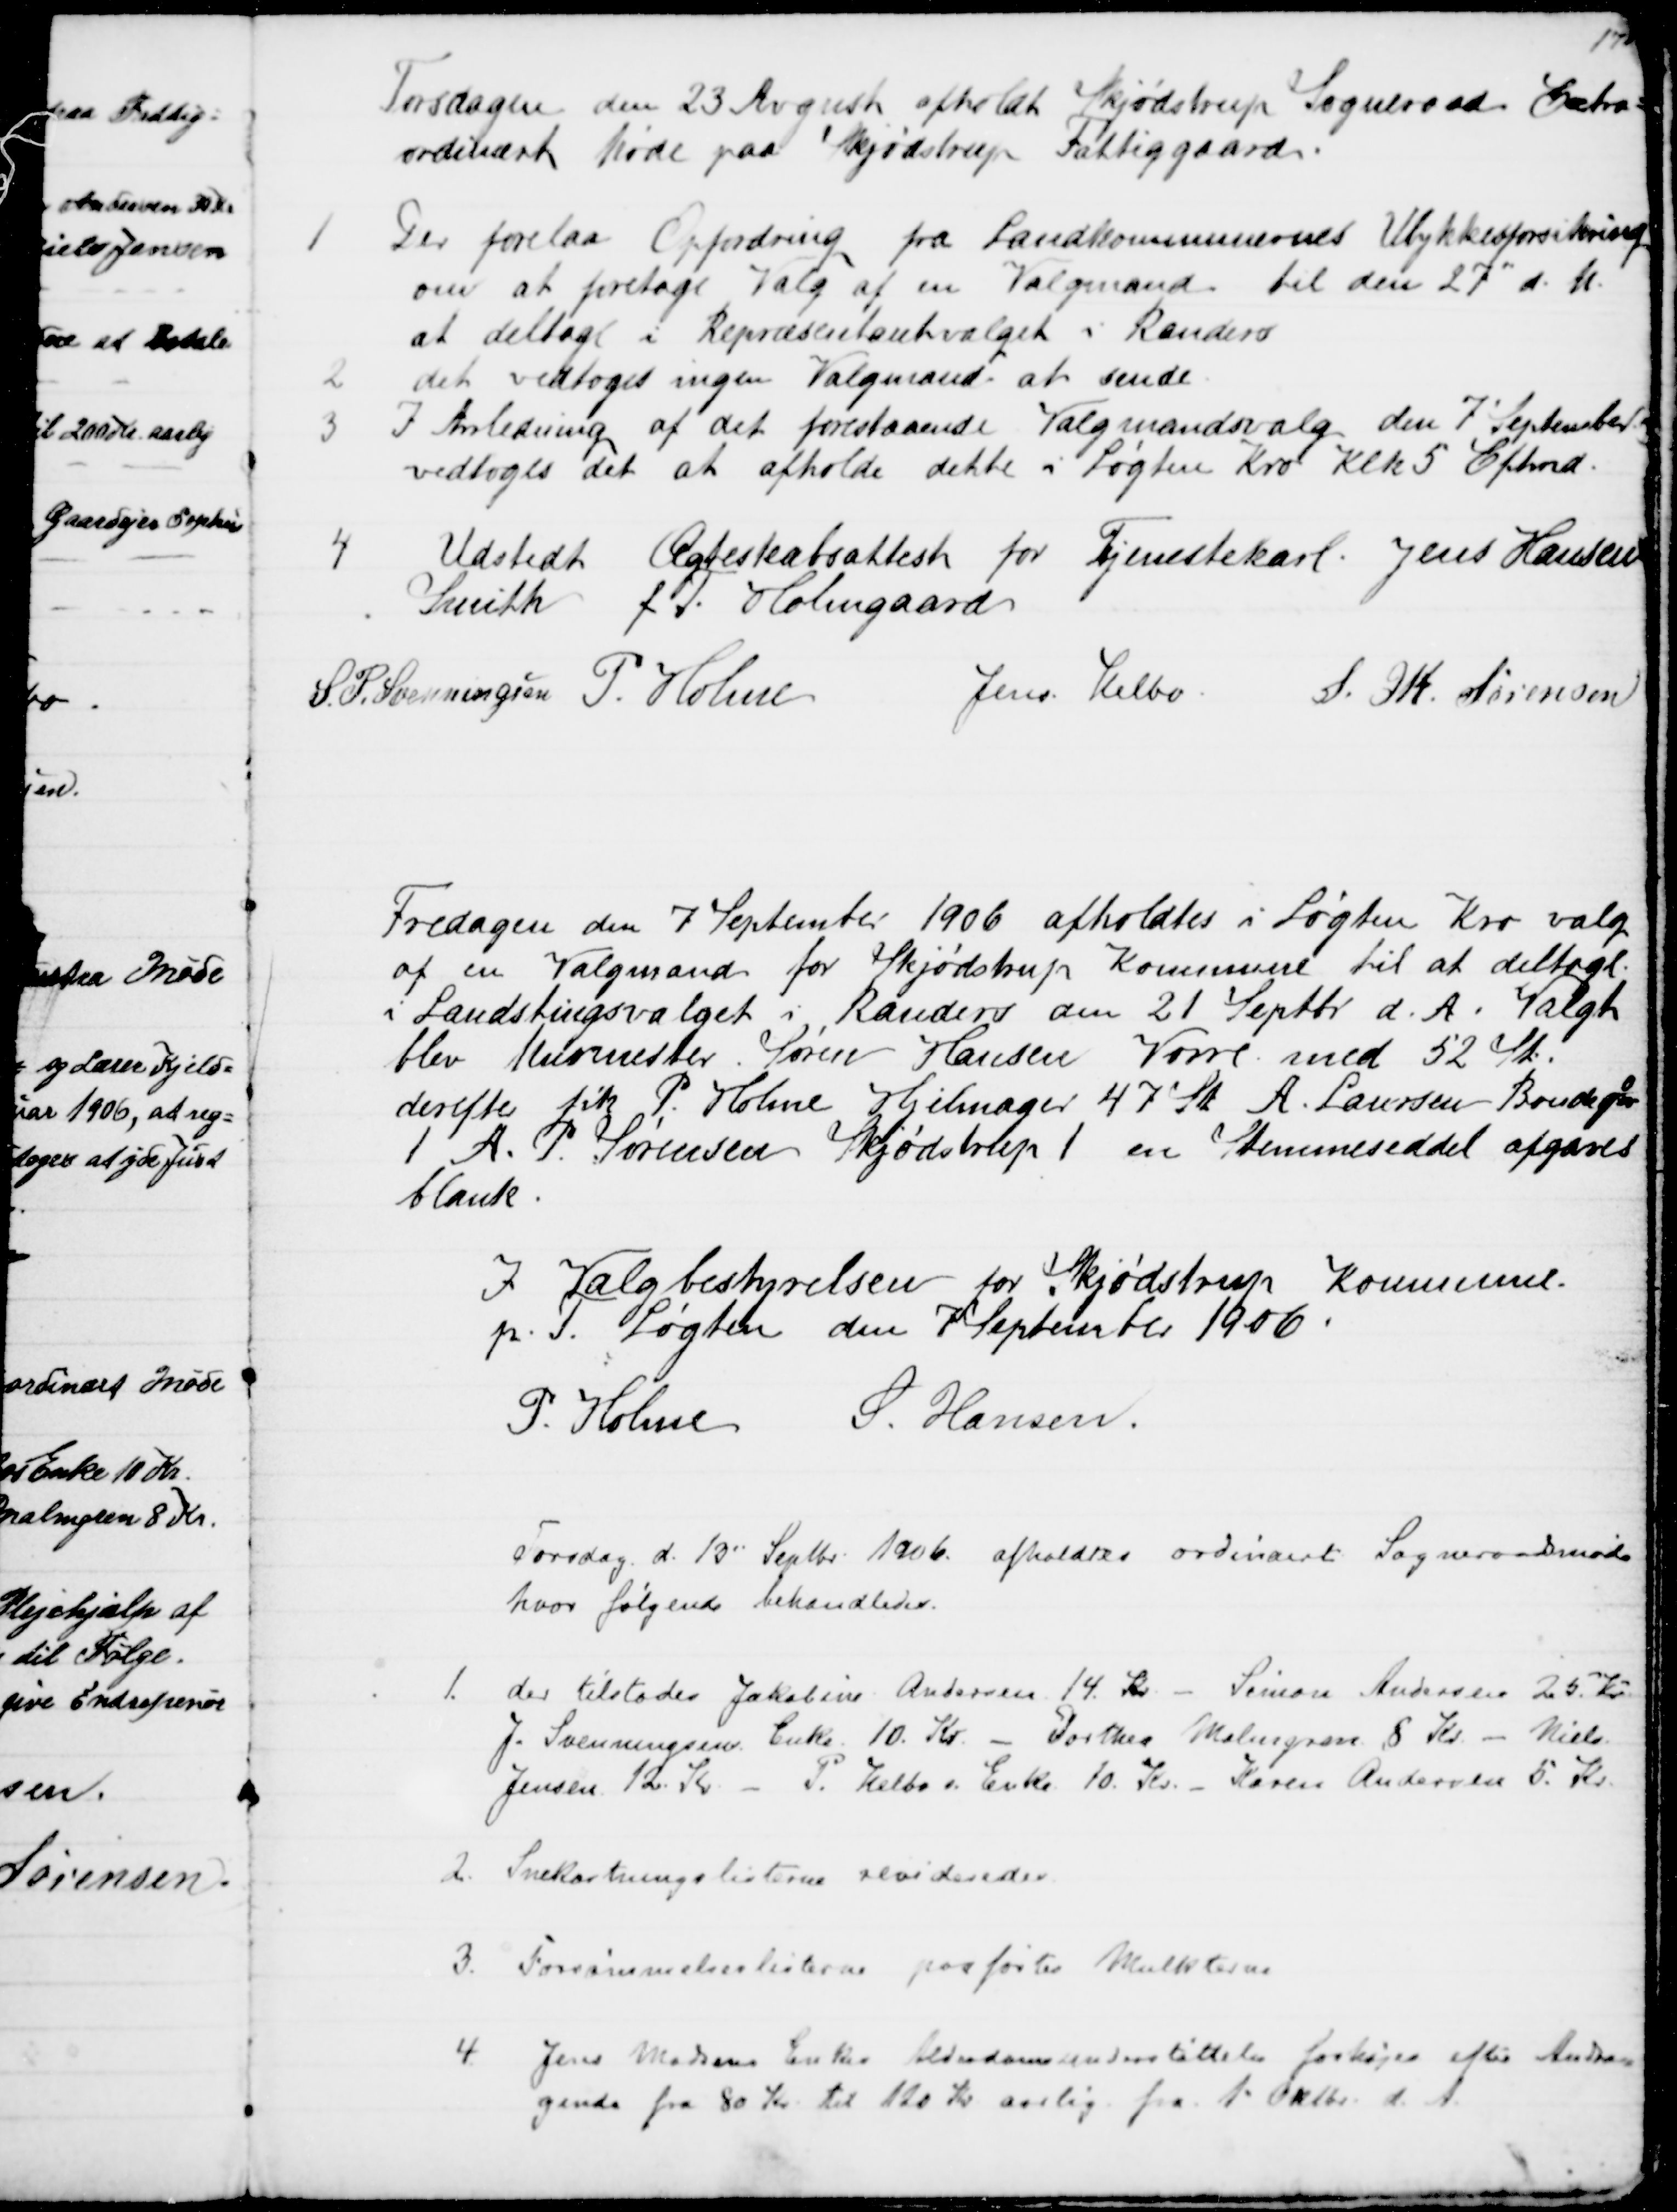
Transskription:
Tirsdagen den 23 August afholdt Skjødstrup Sogneraad Extra=
ordinært Møde paa Skjødstrup Fattiggaard.
1
Der forelaa Opfordring fra Landkommunernes Ulykkesforsikring
om at foretage Valg af en Valgmand til den 27" d. M.
at deltage i Repræsentantvalget i Randers
2
det vedtoges ingen Valgmand at sende
3
I Anledning af det forestaaende Valgmandsvalg den 7' September
vedtoges det at afholde dette i Løgten Kro Klk 5 Eftmd.
4
Udstedt Ægteskabsattest for Tjenestekarl Jens Hansen
Smith f. T. Holmgaard
S. P. Svenningsen P. Holme
Jens Helbo. S. M. Sørensen
Fredagen den 7 September 1906 afholdtes i Løgten Kro valg
af en Valgmand for Skjødstrup Kommune til at deltage
i Landstingsvalget i Randers den 21 Septbr. d. A. Valgt
blev Murmester Søren Hansen Vorre med 52 St.
derefter fik P. Holme Hjelmager 47 St. A. Laursen Bondegdr
1 A. P. Sørensen Skjødstrup 1 en Stemmeseddel afgaves
blank.
I Valgbestyrelsen for Skjødstrup Kommune.
p. T. Løgten den 7' September 1906
P. Holme S. Hansen.
Torsdag d. 13" Septbr. 1906. afholdtes ordinært Sogneraadsmøde
hvor følgende behandledes.
1. der tilstodes Jakobine Andersen 14 Kr. - Simon Andersen 25. Kr
J. Svenningsens Enke 10. Kr. - Dorthea Malmgren 8 Kr. - Niels
Jensen 12. Kr. - P. Helbos Enke 10. Kr. - Karen Andersen 5. Kr.
2. Snekastningslisterne revideredes.
3. Forsømmelseslisterne paaførtes Mulkterne
4 Jens Madsens Enkes Alderdomsunderstøttelse forhøjes efter Andra=
gende fra 80 Kr. til 120 Kr aarlig fra 1" Oktbr. d. A.